Report of an investigation into the causes of malaria in Bombay and the measures necessary for its control
Disease focus: Malaria
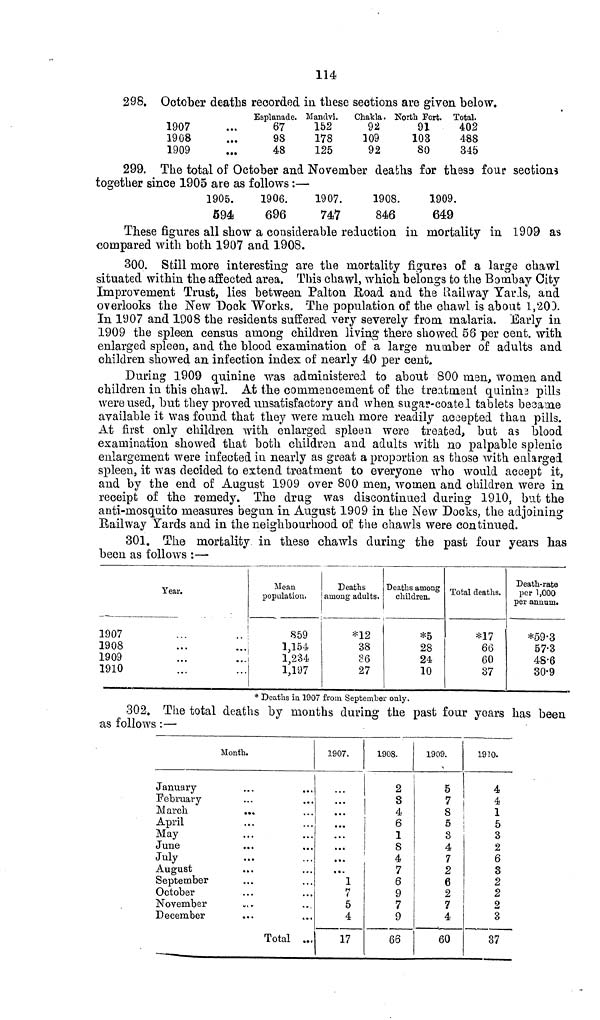
114
298. October deaths recorded in these sections are given below.
1907
1908
1909
Esplanade.
67
98
48
Mandvi.
152
178
125
Chakla.
92
109
92
North Fort.
91
103
80
Total.
402
488
345
299. The total of October and November deaths for these four sections
together since 1905 are as follows:—
1905.
594
1906.
696
1907.
747
1908.
846
1909.
649
These figures all show a considerable reduction in mortality in 1909 as
compared with both 1907 and 1908.
300. Still more interesting are the mortality figures of a large chawl
situated within the affected area. This chawl, which belongs to the Bombay City
Improvement Trust, lies between Palton Road and the Railway Yards, and
overlooks the New Dock Works. The population of the chawl is about 1,203.
In 1907 and 1908 the residents suffered very severely from malaria. Early in
1909 the spleen census among children living there showed 58 per cent. with
enlarged spleen, and the blood examination of a large number of adults and
children showed an infection index of nearly 40 per cent.
During 1909 quinine was administered to about 800 man, women and
children in this chawl. At the commencement of the treatment quinine pills
were used, but they proved unsatisfactory and when sugar-coatel tablets became
available it was found that they were much more readily accepted than pills.
At first only children with enlarged spleen were treated, but as blood
examination showed that both children and adults with no palpable splenic
enlargement were infected in nearly as great a proportion as those with enlarged
spleen, it was decided to extend treatment to everyone who would accept it,
and by the end of August 1909 over 800 men, women and children were in
receipt of the remedy. The drug was discontinued during 1910, but the
anti-mosquito measures begun in August 1909 in the New Docks, the adjoining
Railway Yards and in the neighbourhood of the chawls were continued.
301. The mortality in these chawls during the past four years has
been as follows :—
Year.
1907
1908
1909
1910
Mean
population.
859
1,154
1,234
1,197
Deaths
among adults.
*12
38
36
27
Deaths among
children.
*5
28
24
10
Total deaths.
*17
66
60
37
Death-rate
per 1,000
per annum.
*59.3
57.3
48.6
30.9
* Deaths in 1907 from September only.
302. The total deaths by months during the past four years has been
as follows : —
Month.
January
February
March
April
May
June
July
August
September
October
November
December
Total ...
1907.
1
5
4
17
1908.
2
3
4
1
8
4
7
6
9
7
9
66
1909.
5
7
8
5
3
4
7
2
6
2
7
4
60
1910.
4
4
1
5
3
2
6
3
2
2
2
3
37